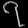
Digit: ၇